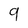
Character: 9